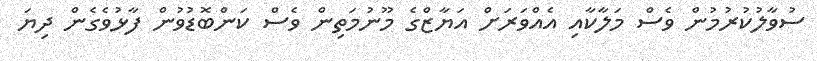
ސުވާލުކުރުމުން ވެސް މަލާކާއި އެއްވަރަށް އަޔާޒްގެ މޫނުމަތިން ވެސް ކަންބޮޑުވުން ފާޅުވެގެން ދިޔަ